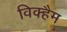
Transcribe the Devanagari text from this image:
विक्हैम